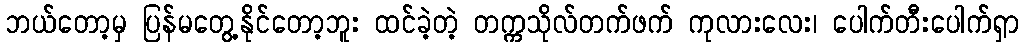
ဘယ်တော့မှ ပြန်မတွေ့နိုင်တော့ဘူး ထင်ခဲ့တဲ့ တက္ကသိုလ်တက်ဖက် ကုလားလေး၊ ပေါက်တီးပေါက်ရှာ